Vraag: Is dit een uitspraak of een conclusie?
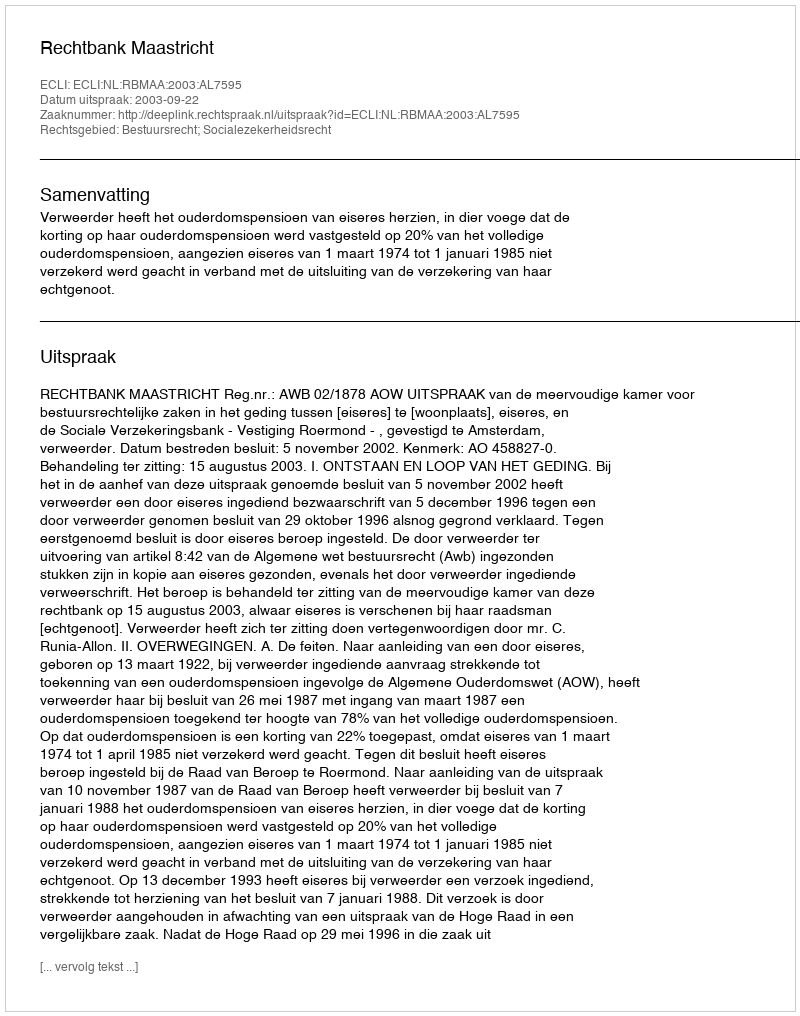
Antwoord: Uitspraak